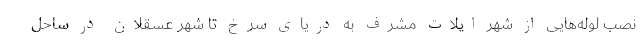
نصب لوله‌هایی از شهر ایلات مشرف به دریای سرخ تا شهر عسقلان در ساحل